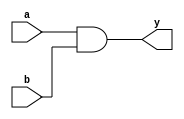
module combinational_logic (
    input wire a,        // Input signal a
    input wire b,        // Input signal b
    output reg y         // Output signal y
);

// Always block for combinational logic
always @ (a or b) begin
    // Immediate assignment
    y = a & b;          // Output is the logical AND of inputs a and b
end

endmodule